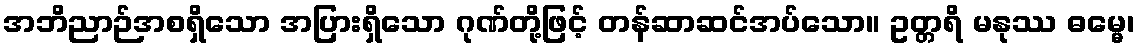
အဘိညာဉ်အစရှိသော အပြားရှိသော ဂုဏ်တို့ဖြင့် တန်ဆာဆင်အပ်သော။ ဥတ္တရိ မနုဿ ဓမ္မေ၊